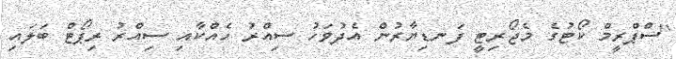
"ސްޕްރީމް ކޯޓުގެ މެޖޯރިޓީ ފަނޑިޔާރުން އެދުވަހު ސިއްރު ހެއްކާއި ސިއްރު ރިޕޯޓް ބަލައި